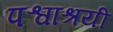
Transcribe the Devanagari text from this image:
पश्वाश्रयी